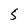
Character: 5